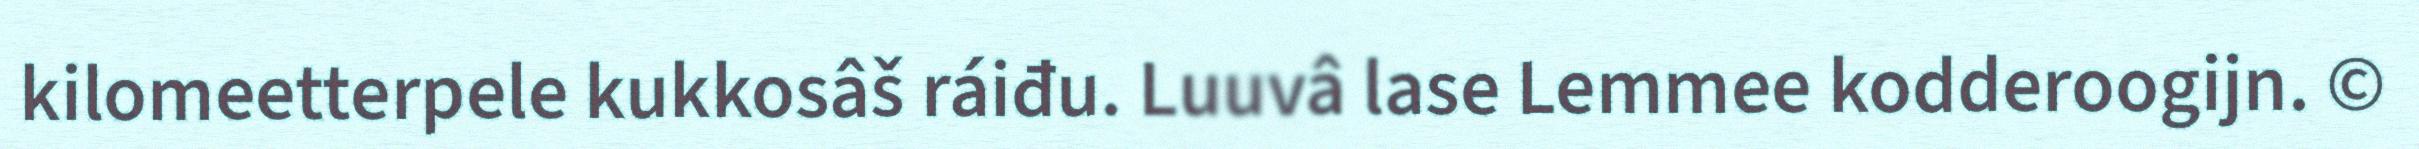
kilomeetterpele kukkosâš ráiđu. Luuvâ lase Lemmee kodderoogijn. ©